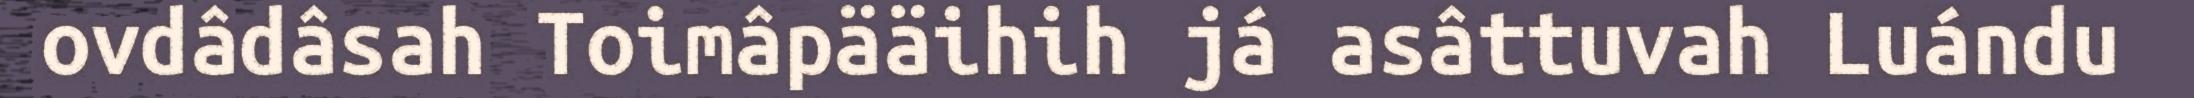
ovdâdâsah Toimâpääihih já asâttuvah Luándu